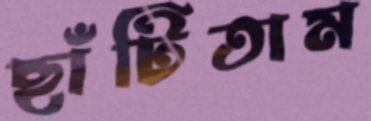
ছাঁটিতাম